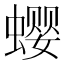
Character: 𰳗